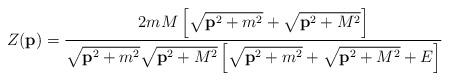
LaTeX: \begin{align*}Z({\bf p})=\frac {2mM\left[\sqrt {{\bf p}^2+m^2}+\sqrt {{\bf p}^2+M^2}\right]}{\sqrt {{\bf p}^2+m^2}\sqrt {{\bf p}^2+M^2}\left[\sqrt {{\bf p}^2+m^2}+\sqrt {{\bf p}^2+M^2}+E\right]}\end{align*}